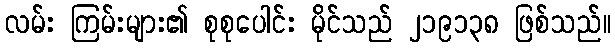
လမ်း ကြမ်းများ၏ စုစုပေါင်း မိုင်သည် ၂၁၉၁၃၈ ဖြစ်သည်။